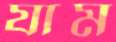
যাম